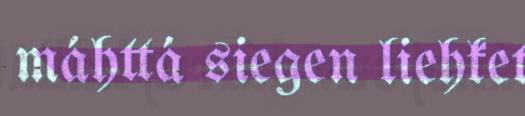
máhttá siegen liehket